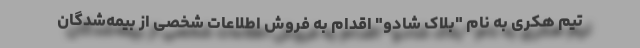
تیم هکری به نام "بلاک شادو" اقدام به فروش اطلاعات شخصی از بیمه‌شدگان